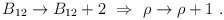
\begin{align*}B_{12} \to B_{12} + 2 \ \Rightarrow\ \rho \to \rho + 1\ .\end{align*}